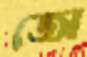
জো